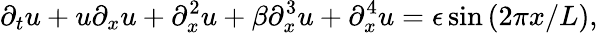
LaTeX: \partial_{t}u+u\partial_{x}u+\partial_{x}^{2}u+\beta\partial_{x}^{3}u+\partial_{x}^{4}u=\epsilon\sin{\left(2\pi x/L\right)},